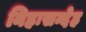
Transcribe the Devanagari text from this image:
निहःसन्देह